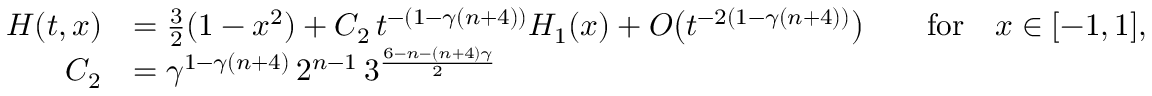
\begin{array} { r l r l } { H ( t , x ) } & { = \frac 3 2 ( 1 - x ^ { 2 } ) + C _ { 2 } \, t ^ { - ( 1 - \gamma ( n + 4 ) ) } H _ { 1 } ( x ) + O \big ( t ^ { - 2 ( 1 - \gamma ( n + 4 ) ) } \big ) } & & { \mathrm { f o r } \quad x \in [ - 1 , 1 ] , } \\ { C _ { 2 } } & { = \gamma ^ { 1 - \gamma ( n + 4 ) } \, 2 ^ { n - 1 } \, 3 ^ { \frac { 6 - n - ( n + 4 ) \gamma } { 2 } } } \end{array}